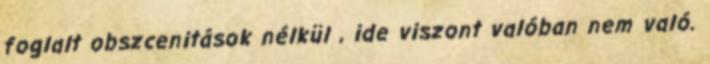
foglalt obszcenitások nélkül , ide viszont valóban nem való.